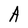
Character: A